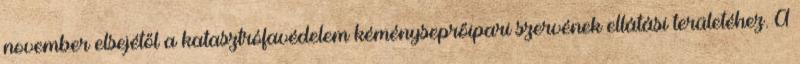
november elsejétől a katasztrófavédelem kéményseprőipari szervének ellátási területéhez. A